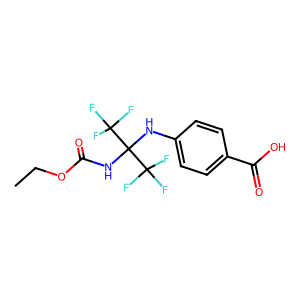
SMILES: CCOC(=O)NC(Nc1ccc(C(=O)O)cc1)(C(F)(F)F)C(F)(F)F
Inhibits HIV replication: No